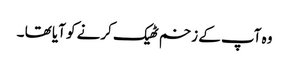
وہ آپ کے زخم ٹھیک کرنے کو آیا تھا ۔